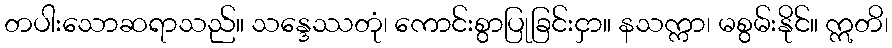
တပါးသောဆရာသည်။ သန္ဒေဿတုံ၊ ကောင်းစွာပြုခြင်းငှာ။ နသက္ကာ၊ မစွမ်းနိုင်။ ဣတိ၊